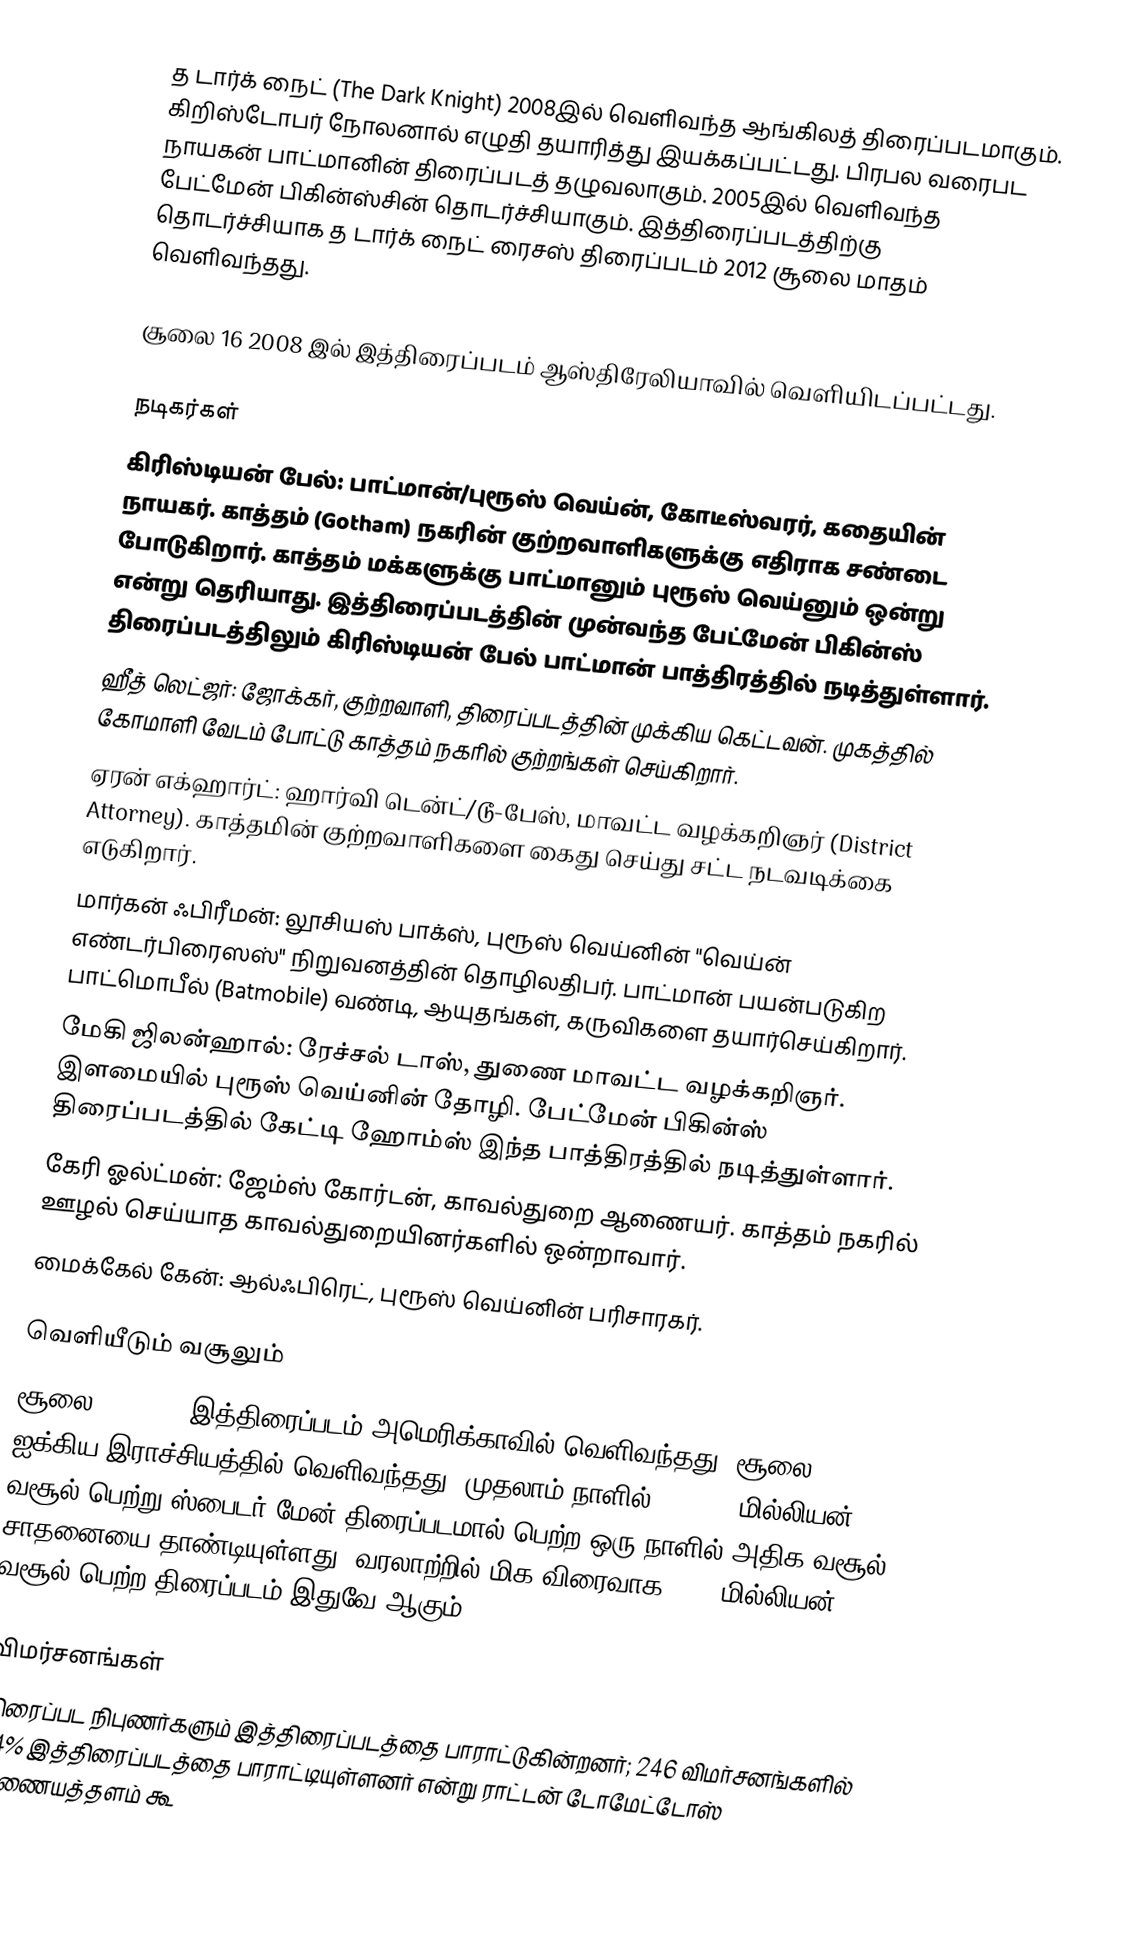
த டார்க் நைட் (The Dark Knight) 2008இல் வெளிவந்த ஆங்கிலத் திரைப்படமாகும்.  கிறிஸ்டோபர் நோலனால் எழுதி தயாரித்து இயக்கப்பட்டது. பிரபல வரைபட நாயகன் பாட்மானின் திரைப்படத் தழுவலாகும். 2005இல் வெளிவந்த பேட்மேன் பிகின்ஸ்சின் தொடர்ச்சியாகும். இத்திரைப்படத்திற்கு தொடர்ச்சியாக த டார்க் நைட் ரைசஸ் திரைப்படம் 2012 சூலை மாதம் வெளிவந்தது.

சூலை 16 2008 இல் இத்திரைப்படம் ஆஸ்திரேலியாவில் வெளியிடப்பட்டது.

நடிகர்கள்
 கிரிஸ்டியன் பேல்: பாட்மான்/புரூஸ் வெய்ன், கோடீஸ்வரர், கதையின் நாயகர். காத்தம் (Gotham) நகரின் குற்றவாளிகளுக்கு எதிராக சண்டை போடுகிறார். காத்தம் மக்களுக்கு பாட்மானும் புரூஸ் வெய்னும் ஒன்று என்று தெரியாது. இத்திரைப்படத்தின் முன்வந்த பேட்மேன் பிகின்ஸ் திரைப்படத்திலும் கிரிஸ்டியன் பேல் பாட்மான் பாத்திரத்தில் நடித்துள்ளார்.
 ஹீத் லெட்ஜர்: ஜோக்கர், குற்றவாளி, திரைப்படத்தின் முக்கிய கெட்டவன். முகத்தில் கோமாளி வேடம் போட்டு காத்தம் நகரில் குற்றங்கள் செய்கிறார்.
 ஏரன் எக்ஹார்ட்: ஹார்வி டென்ட்/டூ-பேஸ், மாவட்ட வழக்கறிஞர் (District Attorney). காத்தமின் குற்றவாளிகளை கைது செய்து சட்ட நடவடிக்கை எடுகிறார்.
 மார்கன் ஃபிரீமன்: லூசியஸ் பாக்ஸ், புரூஸ் வெய்னின் "வெய்ன் எண்டர்பிரைஸஸ்" நிறுவனத்தின் தொழிலதிபர். பாட்மான் பயன்படுகிற பாட்மொபீல் (Batmobile) வண்டி, ஆயுதங்கள், கருவிகளை தயார்செய்கிறார்.
 மேகி ஜிலன்ஹால்: ரேச்சல் டாஸ், துணை மாவட்ட வழக்கறிஞர். இளமையில் புரூஸ் வெய்னின் தோழி. பேட்மேன் பிகின்ஸ் திரைப்படத்தில் கேட்டி ஹோம்ஸ் இந்த பாத்திரத்தில் நடித்துள்ளார்.
 கேரி ஓல்ட்மன்: ஜேம்ஸ் கோர்டன், காவல்துறை ஆணையர். காத்தம் நகரில் ஊழல் செய்யாத காவல்துறையினர்களில் ஒன்றாவார்.
 மைக்கேல் கேன்: ஆல்ஃபிரெட், புரூஸ் வெய்னின் பரிசாரகர்.

வெளியீடும் வசூலும்
சூலை 18, 2008 இத்திரைப்படம் அமெரிக்காவில் வெளிவந்தது; சூலை 24 ஐக்கிய இராச்சியத்தில் வெளிவந்தது. முதலாம் நாளில் $ 67.85 மில்லியன் வசூல் பெற்று ஸ்பைடர் மேன் திரைப்படமால் பெற்ற ஒரு நாளில் அதிக வசூல் சாதனையை தாண்டியுள்ளது. வரலாற்றில் மிக விரைவாக $300 மில்லியன் வசூல் பெற்ற திரைப்படம் இதுவே ஆகும்.

விமர்சனங்கள்
திரைப்பட நிபுணர்களும் இத்திரைப்படத்தை பாராட்டுகின்றனர்; 246 விமர்சனங்களில் 94% இத்திரைப்படத்தை பாராட்டியுள்ளனர் என்று ராட்டன் டோமேட்டோஸ் இணையத்தளம் கூ